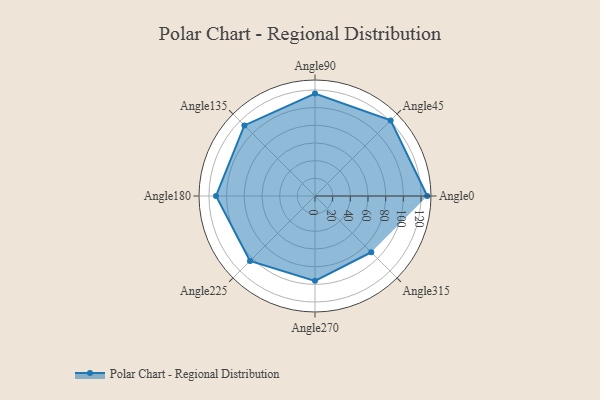
{"axis": {"x": "Angle", "y": "Radius"}, "legend": [""], "data": [{"x": "Angle0", "y": 127.0, "type": ""}, {"x": "Angle45", "y": 121.0, "type": ""}, {"x": "Angle90", "y": 116.0, "type": ""}, {"x": "Angle135", "y": 113.0, "type": ""}, {"x": "Angle180", "y": 112.0, "type": ""}, {"x": "Angle225", "y": 104.0, "type": ""}, {"x": "Angle270", "y": 96.0, "type": ""}, {"x": "Angle315", "y": 90.0, "type": ""}]}